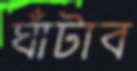
ঘাঁটাব